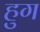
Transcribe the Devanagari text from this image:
हुग